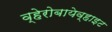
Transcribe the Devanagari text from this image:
व्हेरोबायेव्हाइट